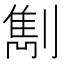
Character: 𠟠